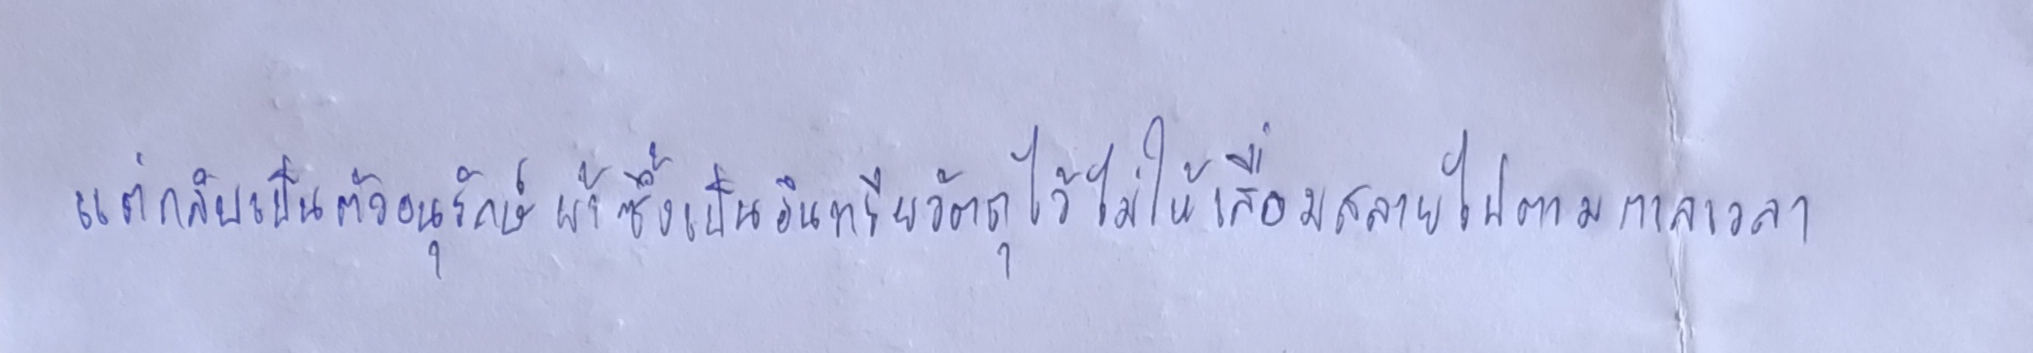
แต่กลับเป็นตัวอนุรักษ์ผ้าซึ่งเป็นอินทรียวัตถุไว้ไม่ให้เสื่อมสลายไปตามกาลเวลา